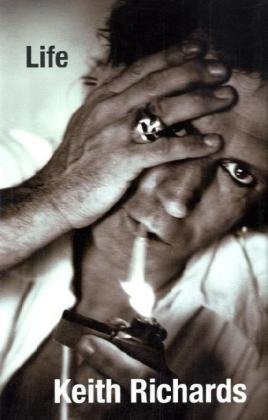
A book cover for Life; Keith Richards; Arts & Photography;